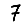
Digit: 7